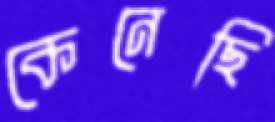
কেনেছি